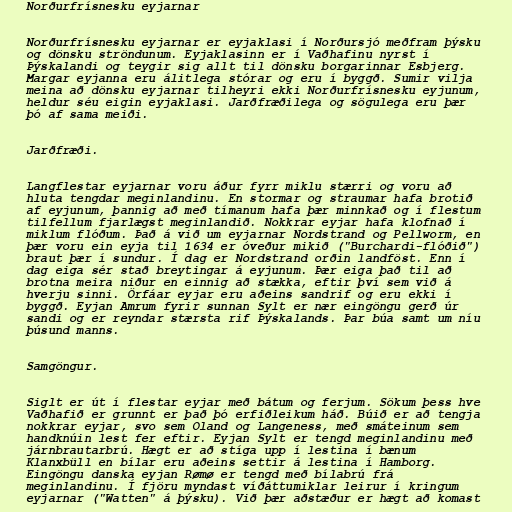
Norðurfrísnesku eyjarnar

Norðurfrísnesku eyjarnar er eyjaklasi í Norðursjó meðfram þýsku
og dönsku ströndunum. Eyjaklasinn er í Vaðhafinu nyrst í
Þýskalandi og teygir sig allt til dönsku borgarinnar Esbjerg.
Margar eyjanna eru álitlega stórar og eru í byggð. Sumir vilja
meina að dönsku eyjarnar tilheyri ekki Norðurfrísnesku eyjunum,
heldur séu eigin eyjaklasi. Jarðfræðilega og sögulega eru þær
þó af sama meiði.

Jarðfræði.

Langflestar eyjarnar voru áður fyrr miklu stærri og voru að
hluta tengdar meginlandinu. En stormar og straumar hafa brotið
af eyjunum, þannig að með tímanum hafa þær minnkað og í flestum
tilfellum fjarlægst meginlandið. Nokkrar eyjar hafa klofnað í
miklum flóðum. Það á við um eyjarnar Nordstrand og Pellworm, en
þær voru ein eyja til 1634 er óveður mikið ("Burchardi-flóðið")
braut þær í sundur. Í dag er Nordstrand orðin landföst. Enn í
dag eiga sér stað breytingar á eyjunum. Þær eiga það til að
brotna meira niður en einnig að stækka, eftir því sem við á
hverju sinni. Örfáar eyjar eru aðeins sandrif og eru ekki í
byggð. Eyjan Amrum fyrir sunnan Sylt er nær eingöngu gerð úr
sandi og er reyndar stærsta rif Þýskalands. Þar búa samt um níu
þúsund manns.

Samgöngur.

Siglt er út í flestar eyjar með bátum og ferjum. Sökum þess hve
Vaðhafið er grunnt er það þó erfiðleikum háð. Búið er að tengja
nokkrar eyjar, svo sem Oland og Langeness, með smáteinum sem
handknúin lest fer eftir. Eyjan Sylt er tengd meginlandinu með
járnbrautarbrú. Hægt er að stíga upp í lestina í bænum
Klanxbüll en bílar eru aðeins settir á lestina í Hamborg.
Eingöngu danska eyjan Rømø er tengd með bílabrú frá
meginlandinu. Í fjöru myndast víðáttumiklar leirur í kringum
eyjarnar ("Watten" á þýsku). Við þær aðstæður er hægt að komast